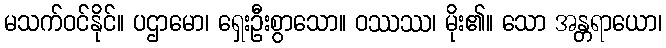
မသက်ဝင်နိုင်။ ပဌာမော၊ ရှေးဦးစွာသော။ ဝဿဿ၊ မိုး၏။ သော အန္တရာယော၊